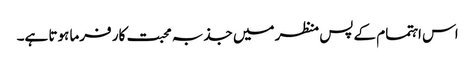
اس اہتمام کے پس منظر میں جذبہ محبت کار فرما ہوتا ہے۔